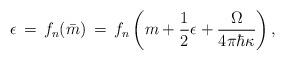
LaTeX: \begin{align*}\epsilon\,=\,f_n(\bar{m})\,=\,f_n\left(m+{1\over 2}\epsilon+{\Omega\over 4\pi\hbar\kappa}\right),\end{align*}